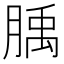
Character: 𦞇